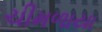
ચીમળાયા